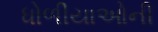
ધોળીયાઓની